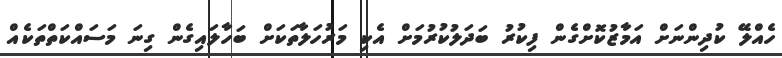
ހެއްލޭ ކުދިންނަށް އަމާޒުކޮށްގެން ފިކުރު ބަދަލުކުރުމަށް އެކި މަރުހަލާތަކަށް ބަހާލައިގެން ގިނަ މަސައްކަތްތަކެއް